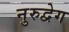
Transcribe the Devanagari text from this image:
नुरुद्वेग